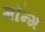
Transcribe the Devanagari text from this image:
मॉन्ग